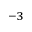
^ { - 3 }